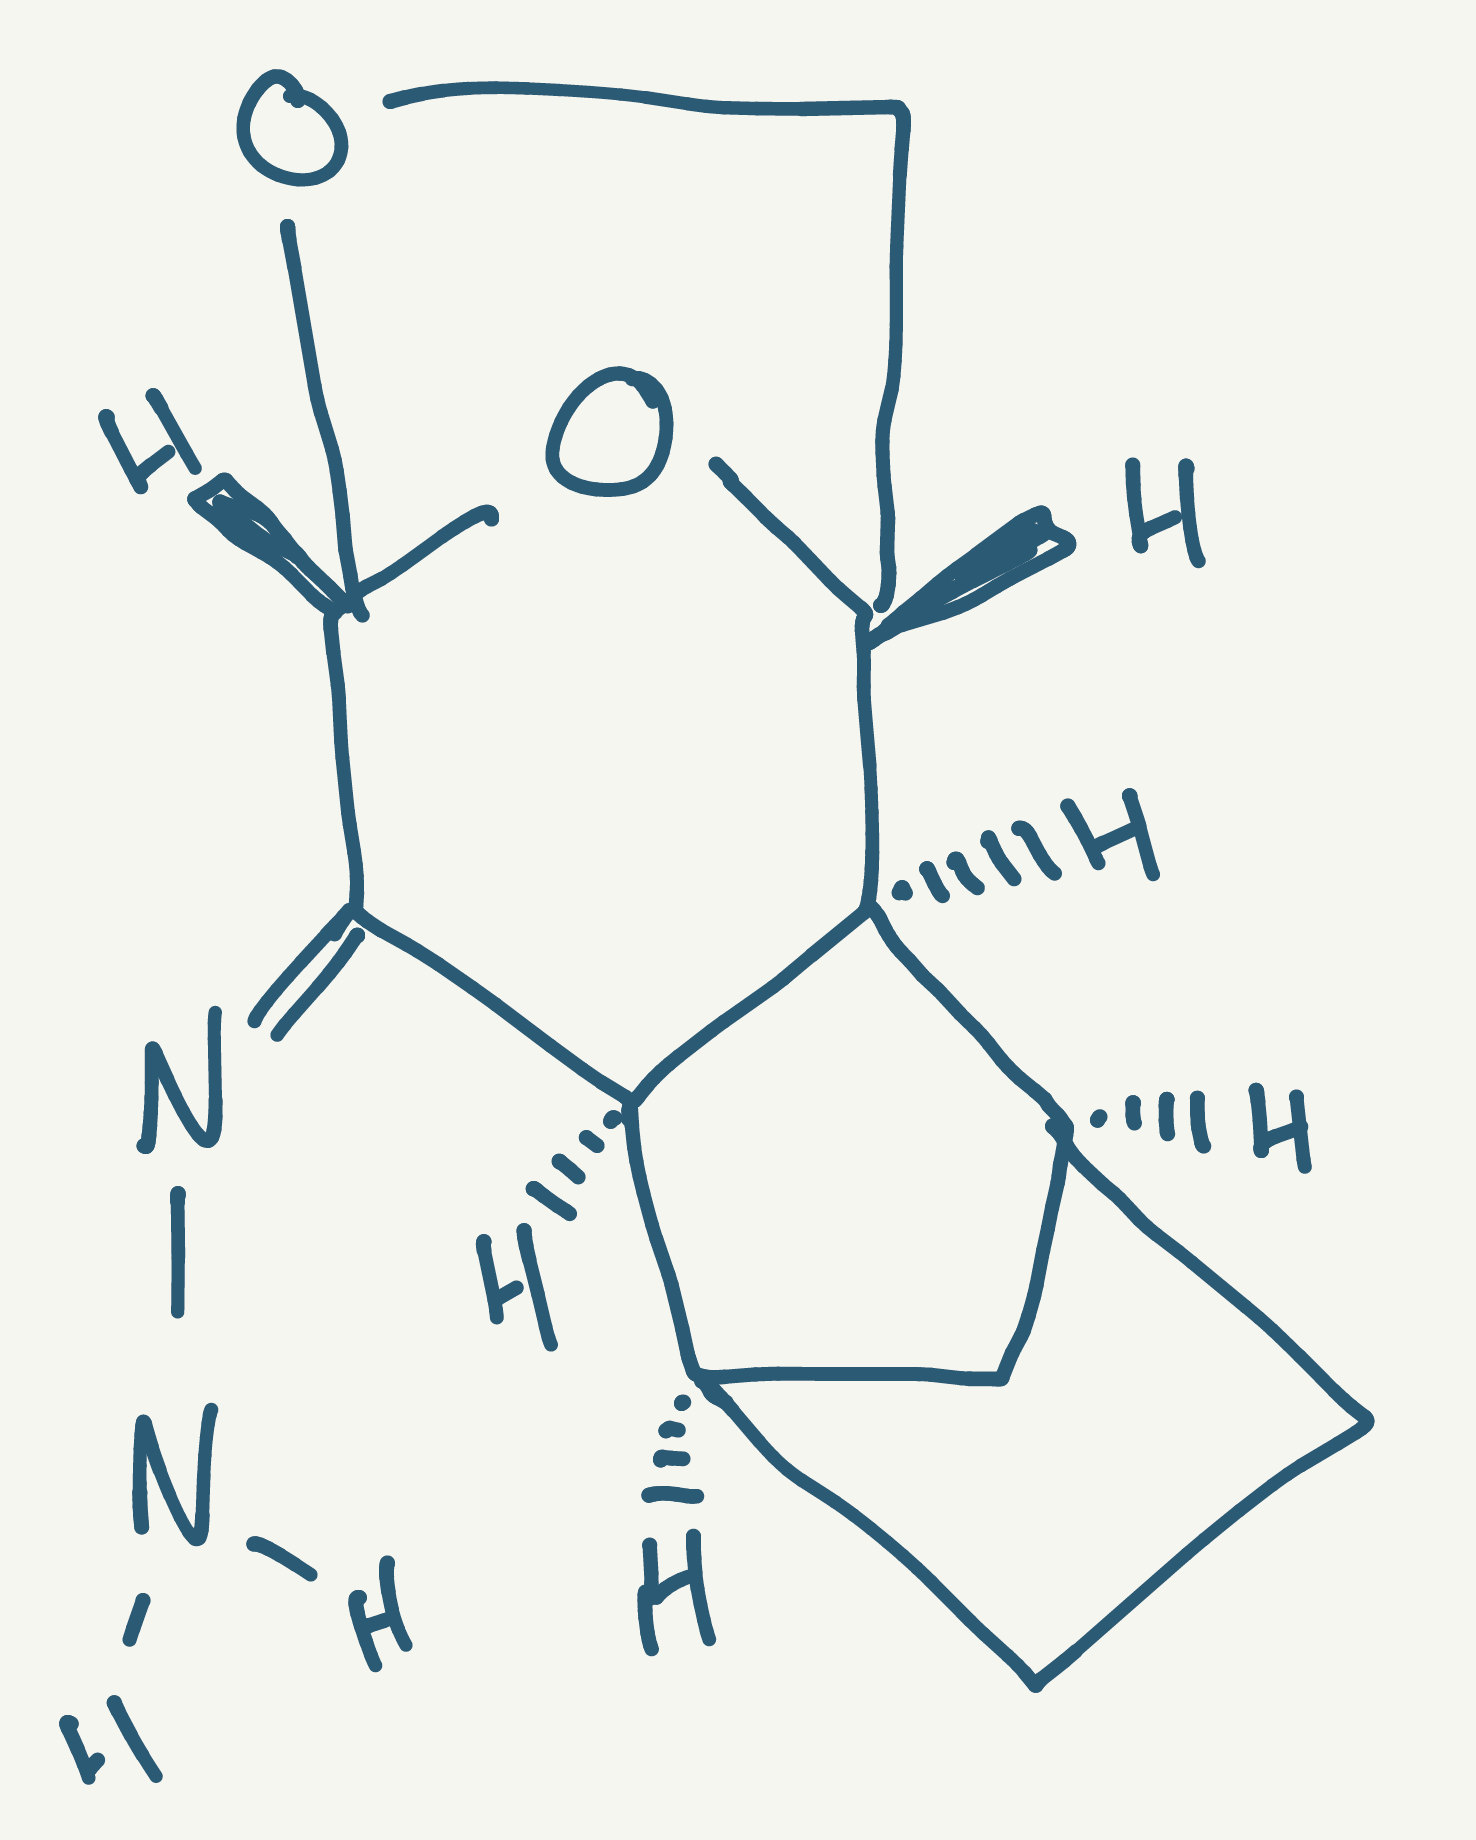
Simplified molecular-input line-entry system (SMILES) notation of the given molecule:
C1C[C@@H]2C[C@H]1[C@H]3[C@@H]2/C(=N/N)/[C@@H]4OC[C@H]3O4